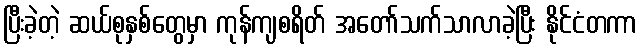
ပြီးခဲ့တဲ့ ဆယ်စုနှစ်တွေမှာ ကုန်ကျစရိတ် အတော်သက်သာလာခဲ့ပြီး နိုင်ငံတကာ